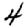
Digit: 4